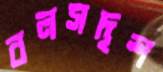
বলসদৃশ